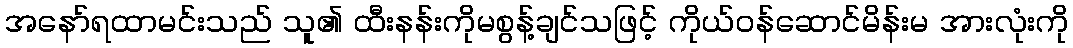
အနော်ရထာမင်းသည် သူ၏ ထီးနန်းကိုမစွန့်ချင်သဖြင့် ကိုယ်ဝန်ဆောင်မိန်းမ အားလုံးကို